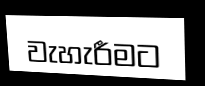
වැහැරීමට